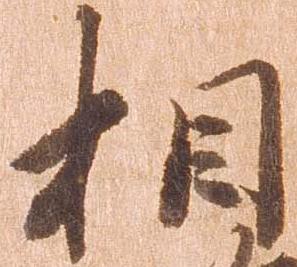
相